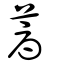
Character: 蓐